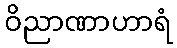
ဝိညာဏာဟာရံ